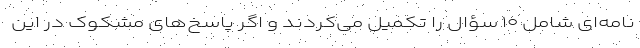
‌نامه‌ای شامل ۱۰ سؤال را تکمیل می‌کردند و اگر پاسخ‌های مشکوک در این